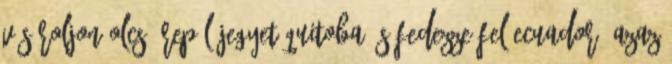
Vásároljon olcsó repülőjegyet Quitoba és fedezze fel Ecuador, azaz